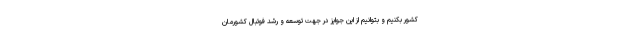
کشور بکنیم و بتوانیم از این جوایز در جهت توسعه و رشد فوتبال کشورمان